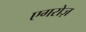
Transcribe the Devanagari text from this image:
एगरोज़